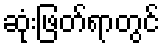
ဆုံးဖြတ်ရာတွင်